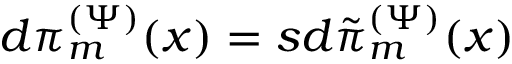
d \pi _ { m } ^ { ( \Psi ) } ( x ) = s d \tilde { \pi } _ { m } ^ { ( \Psi ) } ( x )